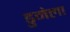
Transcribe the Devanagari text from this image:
डुमेला